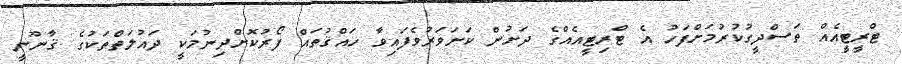
ޓްރީޓީއެއް ތަސްދީގުކުރުމަށްފަހު އެ ޓްރިޓީއެއްގެ ދަށުން ކަށަވަރުވެފައިވާ ހައްޤުތައް ފޯރުކޮށްދިނުމަކީ ދައުލަތްތަކުގެ ޤާނޫނީ